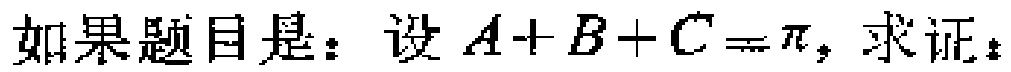
如果题目是：设\(A + B + C=\pi\)，求证：